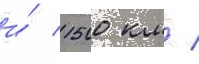
и́ 1500 км /